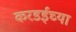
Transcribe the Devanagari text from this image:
करडईच्या